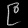
Digit: ၉